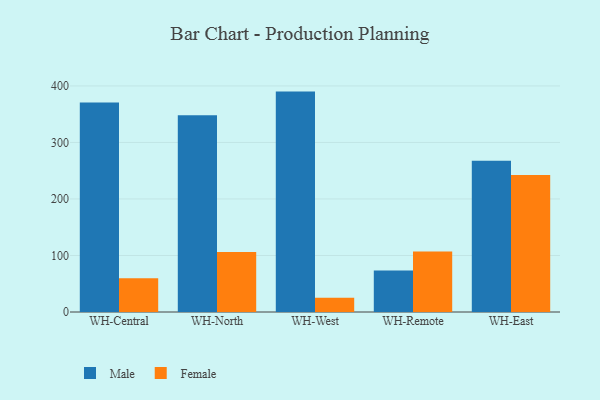
{"axis": {"x": "Warehouse", "y": "Gross Profit (USD K)"}, "legend": ["Female", "Male"], "data": [{"x": "WH-Central", "y": 370.5, "type": "Male"}, {"x": "WH-Central", "y": 59.7, "type": "Female"}, {"x": "WH-North", "y": 348.0, "type": "Male"}, {"x": "WH-North", "y": 106.0, "type": "Female"}, {"x": "WH-West", "y": 390.0, "type": "Male"}, {"x": "WH-West", "y": 25.2, "type": "Female"}, {"x": "WH-Remote", "y": 73.3, "type": "Male"}, {"x": "WH-Remote", "y": 107.0, "type": "Female"}, {"x": "WH-East", "y": 267.6, "type": "Male"}, {"x": "WH-East", "y": 242.6, "type": "Female"}]}